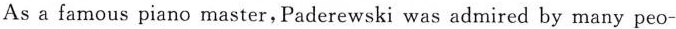
As a famous piano master，Paderewski was admired by many peo-